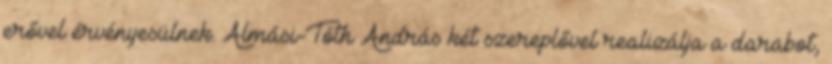
erővel érvényesülnek. Almási-Tóth András két szereplővel realizálja a darabot,